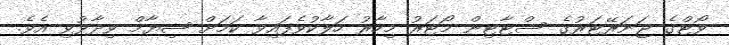
ވޯޓްގެ ޖަނަރޭޓަރުގެ ސްޓާޓިން މޯޓަރު މިހާރު ހަލާކުވެފައިވާ ކަމަށް ޝިޔާމް ވިދާޅުވި އެވެ.